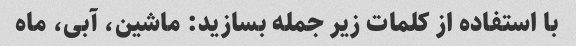
با استفاده از کلمات زیر جمله بسازید: ماشین، آبی، ماه